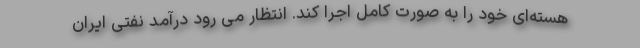
هسته‌ای خود را به صورت کامل اجرا کند. انتظار می رود درآمد نفتی ایران